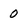
Character: 0